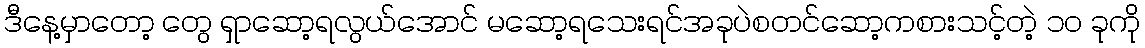
ဒီနေ့မှာတော့ တွေ ရှာဆော့ရလွယ်အောင် မဆော့ရသေးရင်အခုပဲစတင်ဆော့ကစားသင့်တဲ့ ၁၀ ခုကို